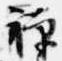
禅